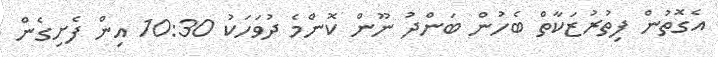
އެގޮތުން ފިތުރުޒަކާތް ބެހުން ބަންދު ނޫން ކޮންމެ ދުވަހަކު 10:30 އިން ފެށިގެން